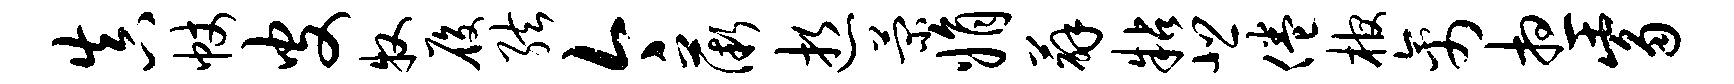
真帐皮牧履弦今薇逝菊娟薜粘悲倦棺禽想觜